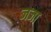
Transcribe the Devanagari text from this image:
जजा